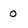
Character: 0